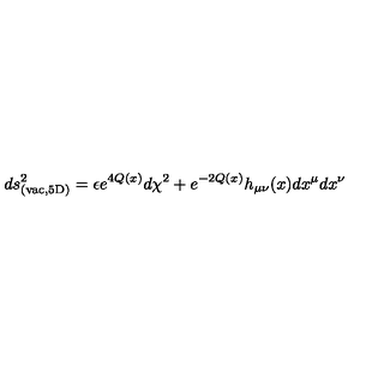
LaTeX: d s _ { \mathrm { ( v a c , 5 D ) } } ^ { 2 } = \epsilon e ^ { 4 Q ( x ) } d \chi ^ { 2 } + e ^ { - 2 Q ( x ) } h _ { \mu \nu } ( x ) d x ^ { \mu } d x ^ { \nu }